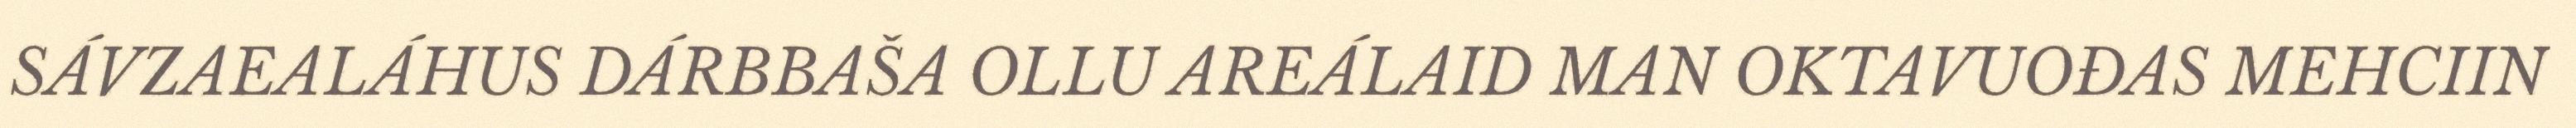
SÁVZAEALÁHUS DÁRBBAŠA OLLU AREÁLAID MAN OKTAVUOĐAS MEHCIIN